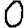
Digit: 0